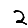
Digit: 2